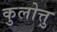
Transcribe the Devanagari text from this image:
कुलोत्तु